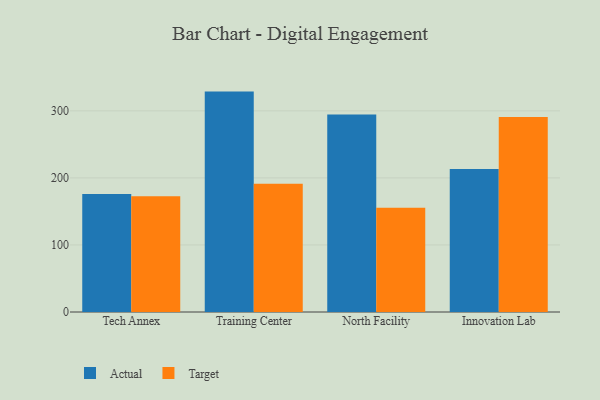
{"axis": {"x": "Campus", "y": "Page Views"}, "legend": ["Actual", "Target"], "data": [{"x": "Tech Annex", "y": 175.8, "type": "Actual"}, {"x": "Tech Annex", "y": 172.6, "type": "Target"}, {"x": "Training Center", "y": 328.7, "type": "Actual"}, {"x": "Training Center", "y": 191.2, "type": "Target"}, {"x": "North Facility", "y": 294.6, "type": "Actual"}, {"x": "North Facility", "y": 155.5, "type": "Target"}, {"x": "Innovation Lab", "y": 213.2, "type": "Actual"}, {"x": "Innovation Lab", "y": 290.8, "type": "Target"}]}